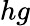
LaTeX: hg